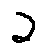
2